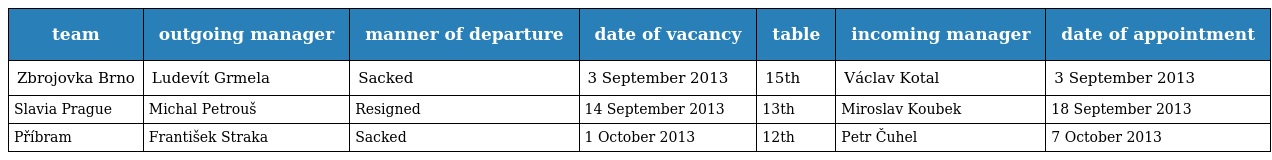
| team | outgoing manager | manner of departure | date of vacancy | table | incoming manager | date of appointment |
 | --- | --- | --- | --- | --- | --- | --- |
 | Zbrojovka Brno | Ludevít Grmela | Sacked | 3 September 2013 | 15th | Václav Kotal | 3 September 2013 |
 | Slavia Prague | Michal Petrouš | Resigned | 14 September 2013 | 13th | Miroslav Koubek | 18 September 2013 |
 | Příbram | František Straka | Sacked | 1 October 2013 | 12th | Petr Čuhel | 7 October 2013 |